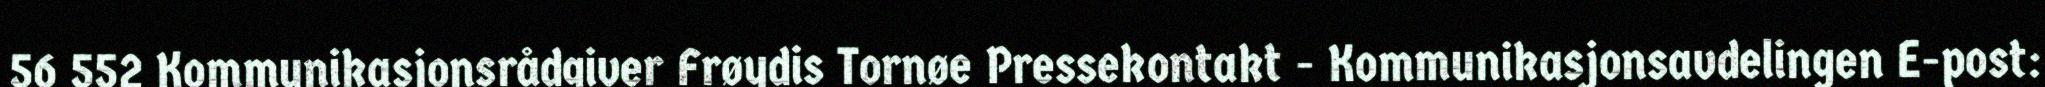
56 552 Kommunikasjonsrådgiver Frøydis Tornøe Pressekontakt - Kommunikasjonsavdelingen E-post: